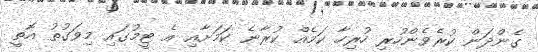
ގެންދަން ކުރެވެންހުރި ހުރިހާ ކަމެއް ކުރާނެ ކަމަށާއި އެ ޓީމުގައި މިވަގުތު އޮތީ